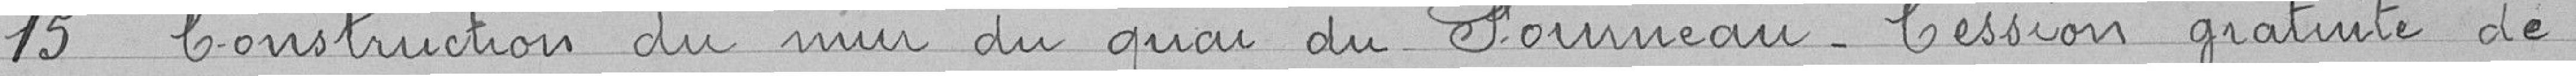
15. Construction du mur du quai du Fourneau - Cession gratuite de